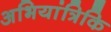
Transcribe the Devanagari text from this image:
अभियांत्रिकि